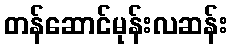
တန်ဆောင်မုန်းလဆန်း